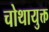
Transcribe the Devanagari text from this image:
चोथायुक्त